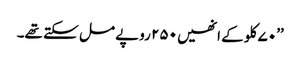
’’۷۰ کلو کے انھیں ۲۵۰ روپے مل سکتے تھے۔